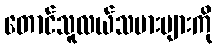
တောင်သူလယ်သမားများကို